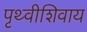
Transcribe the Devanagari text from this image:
पृथ्वीशिवाय